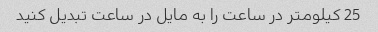
25 کیلومتر در ساعت را به مایل در ساعت تبدیل کنید